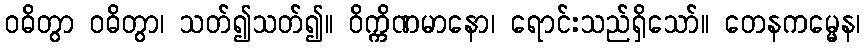
ဝဓိတွာ ဝဓိတွာ၊ သတ်၍သတ်၍။ ဝိက္ကိဏမာနော၊ ရောင်းသည်ရှိသော်။ တေနကမ္မေန၊